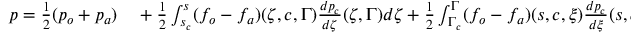
\begin{array} { r l } { p = \frac { 1 } { 2 } ( p _ { o } + p _ { a } ) } & { { } + \frac { 1 } { 2 } \int _ { s _ { c } } ^ { s } ( f _ { o } - f _ { a } ) ( \zeta , c , \Gamma ) \frac { d p _ { c } } { d \zeta } ( \zeta , \Gamma ) d \zeta + \frac { 1 } { 2 } \int _ { \Gamma _ { c } } ^ { \Gamma } ( f _ { o } - f _ { a } ) ( s , c , \xi ) \frac { d p _ { c } } { d \xi } ( s , \xi ) d \xi } \end{array}